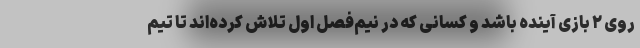
روی ۲ بازی آینده باشد و کسانی که در نیم‌فصل اول تلاش کرده‌اند تا تیم